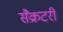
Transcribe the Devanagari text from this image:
सैक्रटरी